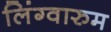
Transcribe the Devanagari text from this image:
लिंग्वारुम